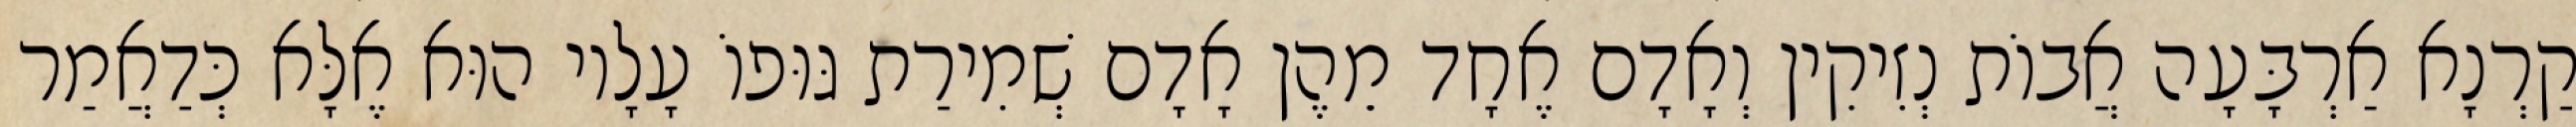
קַרְנָא אַרְבָּעָה אֲבוֹת נְזִיקִין וְאָדָם אֶחָד מֵהֶן אָדָם שְׁמִירַת גּוּפוֹ עָלָיו הוּא אֶלָּא כְּדַאֲמַר